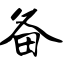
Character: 备